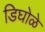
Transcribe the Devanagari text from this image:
डिघोळे